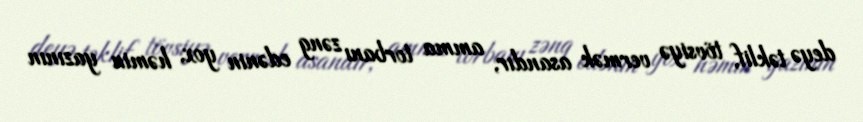
deyə təklif, tövsiyə vermək asandır, amma torbanı zəng edənin yox, həmin yazının